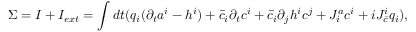
\Sigma = I + I _ { e x t } = \int d t ( q _ { i } ( \partial _ { t } a ^ { i } - h ^ { i } ) + \bar { c } _ { i } \partial _ { t } c ^ { i } + \bar { c } _ { i } \partial _ { j } h ^ { i } c ^ { j } + J _ { i } ^ { a } c ^ { i } + i J _ { \bar { c } } ^ { i } q _ { i } ) ,